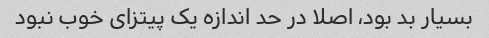
بسیار بد بود، اصلا در حد اندازه یک پیتزای خوب نبود